Civil Veterinary Department. United Provinces 1932-42 - 1932-1942
Year: 1932
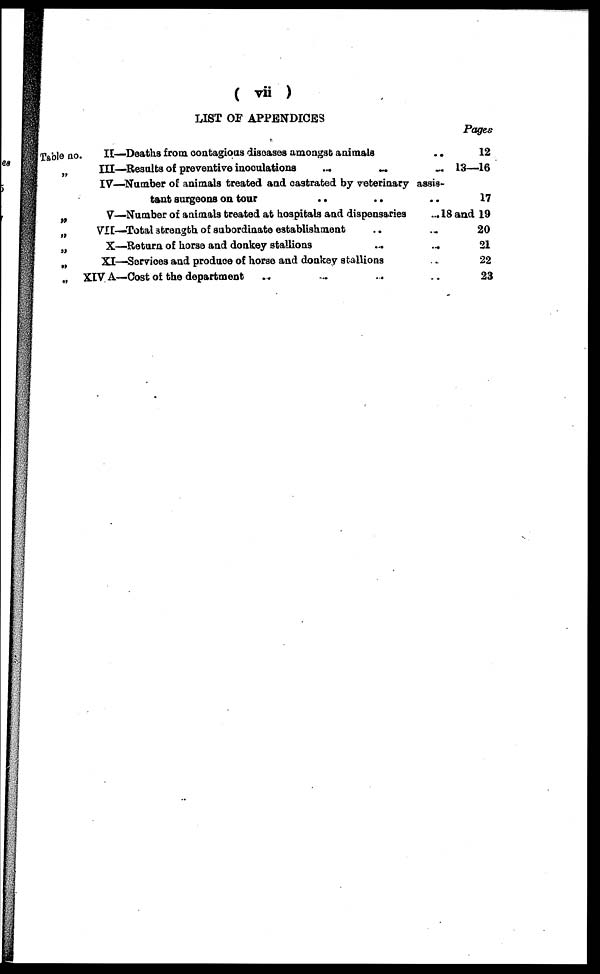
( vii )
LIST OF APPENDICES
Table no
„
„
„
„
„
„
II—Deaths from contagious diseases amongst animals ..
III—Results of preventive inoculations
...
...
...
IV—Number of animals treated and castrated by veterinary assis-
tant surgeons on tour
..
..
V—Number of animals treated at hospitals and dispensaries
...
VII—Total strength of subordinate establishment .. ..
X—Return of horse and donkey stallions
...
...
XI—-Services and produce of horse and donkey stallions
XIV A—Cost of the department .. ..
Pages
12
13—16
-
17
18 and 19
20
21
22
23